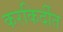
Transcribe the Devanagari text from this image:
करकिर्दीत